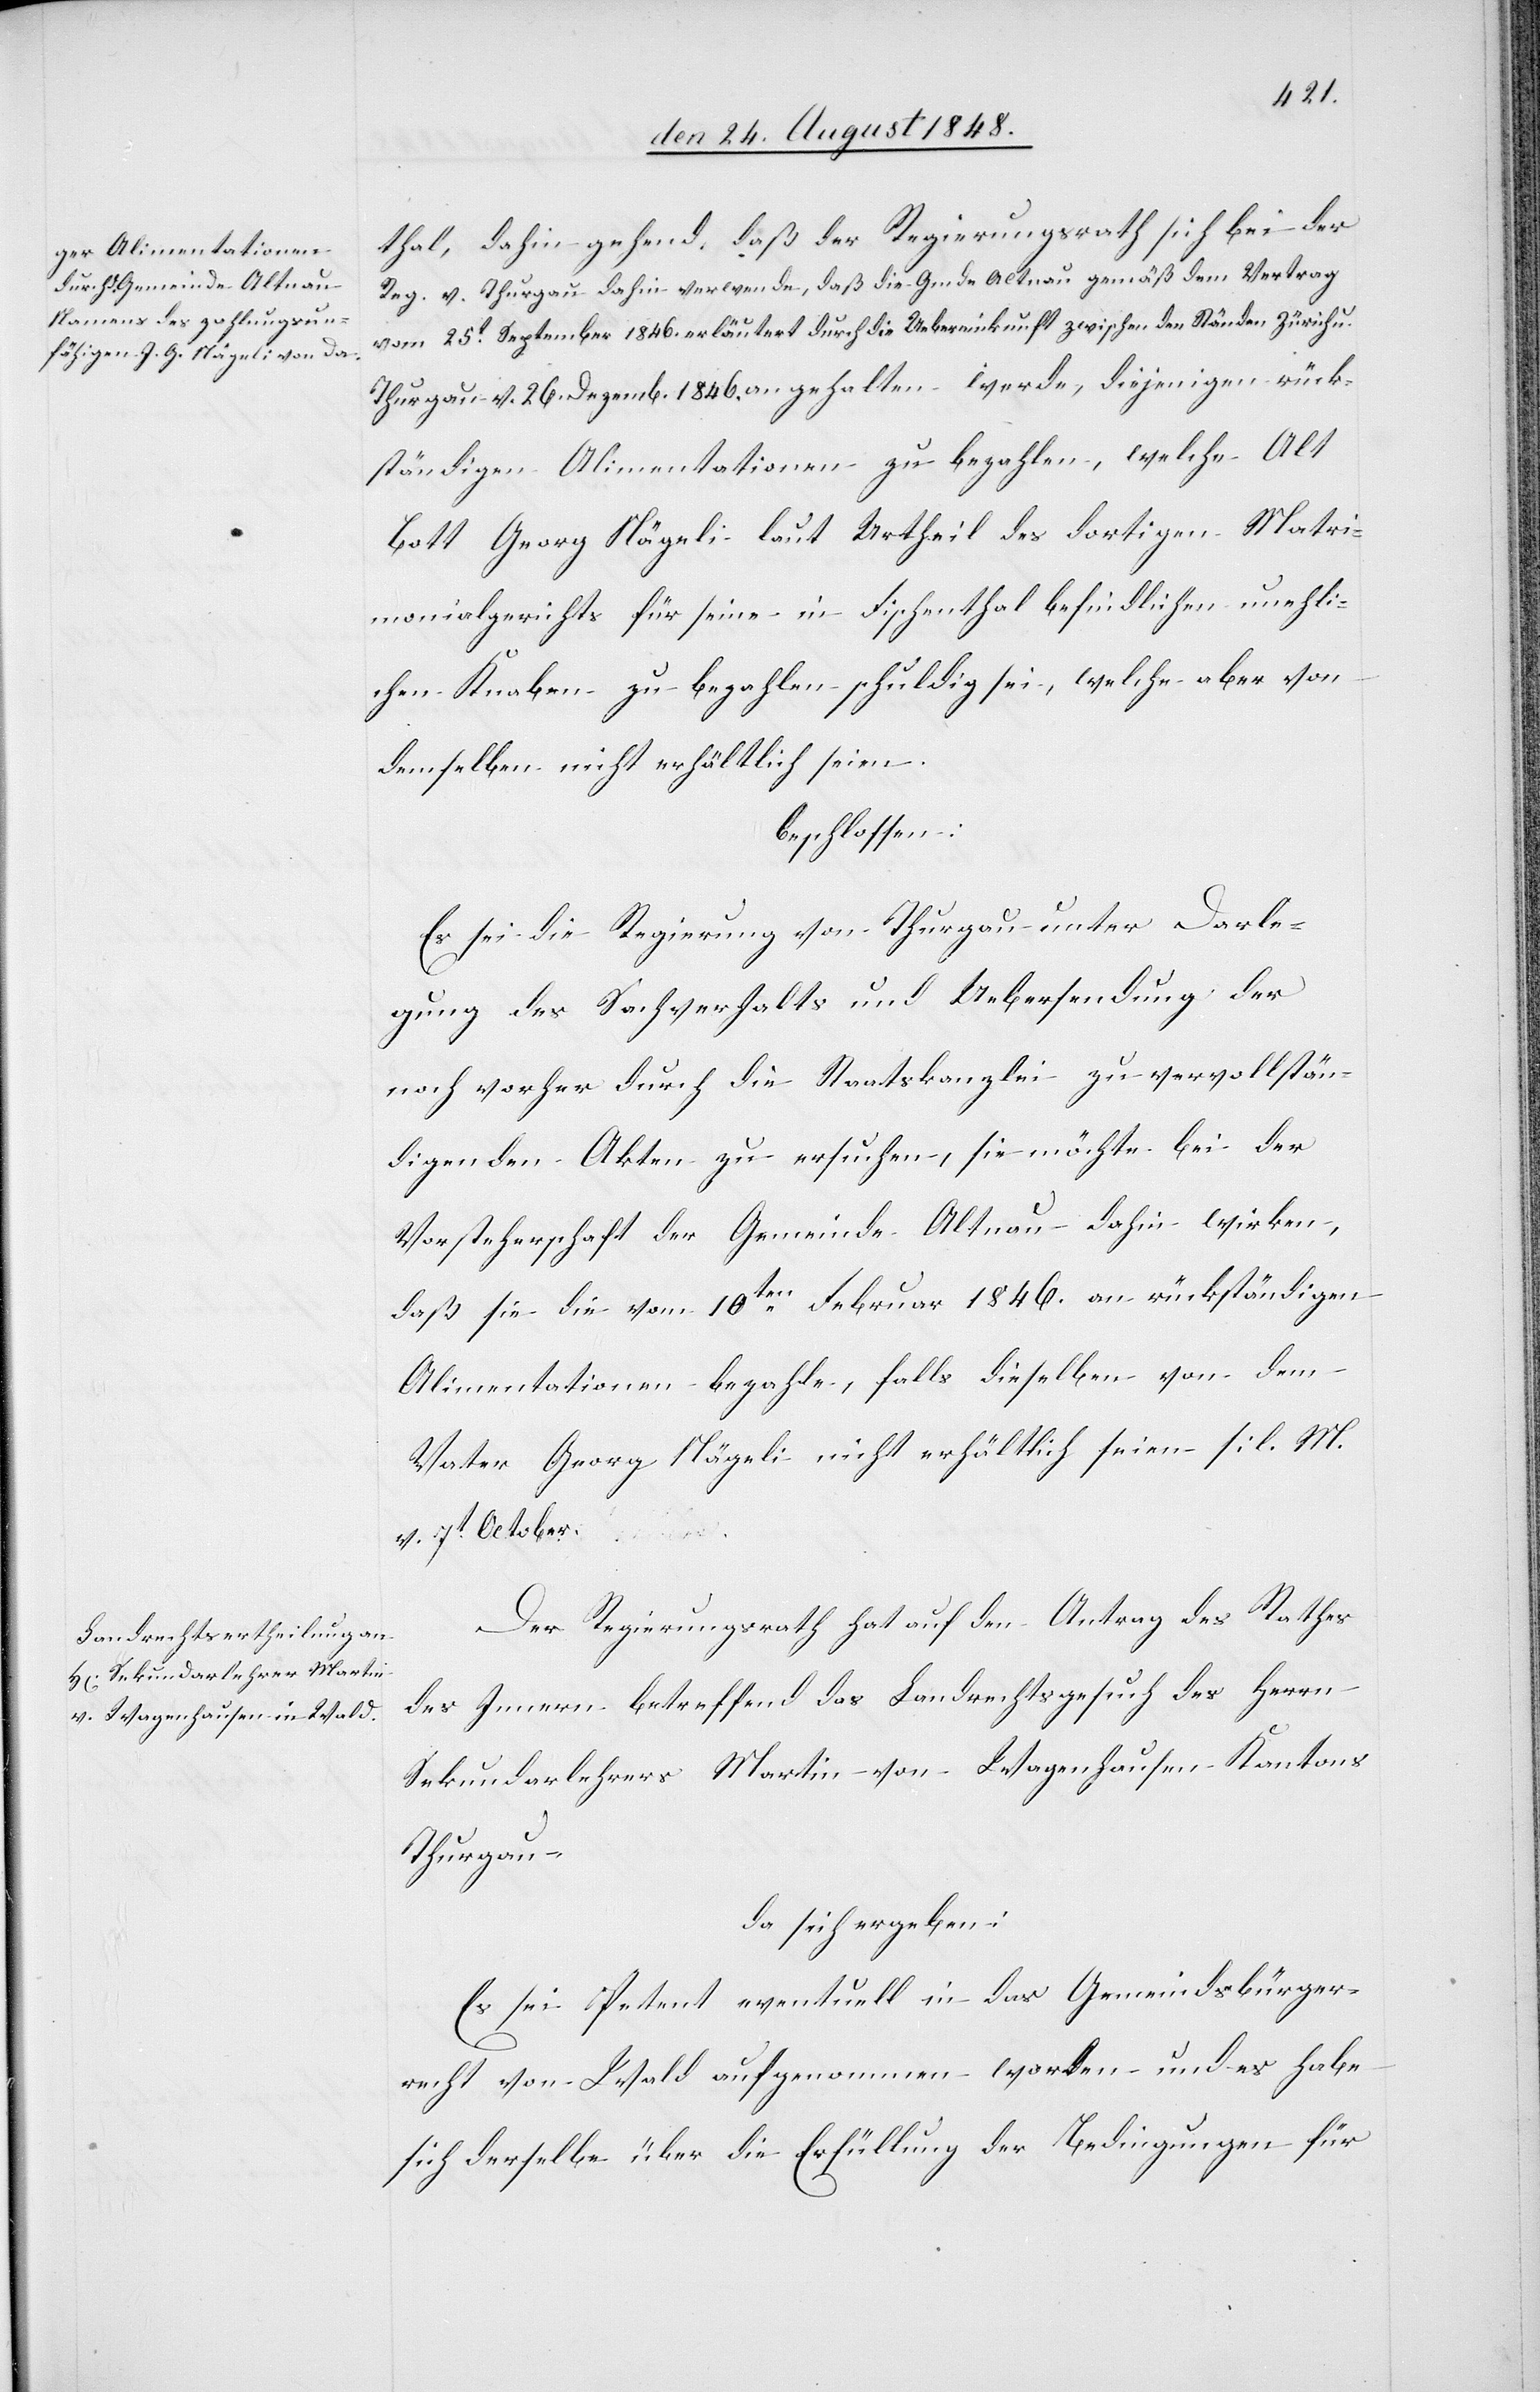
thal, dahin gehend, daß der Regierungsrath sich bei der
Reg. v. Thurgau dahin verwende, daß die Gmde Altnau gemäß dem Vertrag
vom 25t September 1846. erläutert durch die Uebereinkunft zwischen den Ständen Zürich u.
Thurgau v. 26. Dezemb. 1846. angehalten werde, diejenigen rück¬
ständigen Alimentationen zu bezahlen, welche Alt
Bott Georg Nägeli laut Urtheil des dortigen Matri¬
monialgerichts für seine in Fischenthal befindlichen unehli¬
chen Knaben zu bezahlen schuldig sei, welche aber von
demselben nicht erhältlich seien.
beschlossen:
Es sei die Regierung von Thurgau unter Darle¬
gung des Sachverhalts und Uebersendung der
noch vorher durch die Staatskanzlei zu vervollstän¬
digenden Akten zu ersuchen, sie möchte bei der
Vorsteherschaft der Gemeinde Altnau dahin wirken,
daß sie die vom 10ten Februar 1846. an rückständigen
Alimentationen bezahle, falls dieselben von dem
Vater Georg Nägeli nicht erhältlich seien [l. M.
v. 7t October.[]]
Der Regierungsrath hat auf den Antrag des Rathes
des Innern betreffend das Landrechtsgesuch des Herrn
Sekundarlehrers Martin von Wagenhausen Kantons
Thurgau
da sich ergeben:
Es sei Petent eventuell in das Gemeindsbürger¬
recht von Wald aufgenommen worden und es habe
sich derselbe über die Erfüllung der Bedingungen für